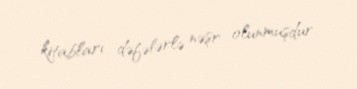
kitabları dəfələrlə nəşr olunmuşdur.